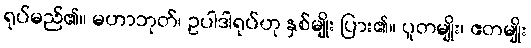
ရုပ်မည်၏။ မဟာဘုတ်၊ ဥပါဒါရုပ်ဟု နှစ်မျိုး ပြား၏။ ပူတမျိုး၊ ဧတမျိုး